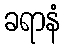
ခရာနံ